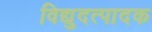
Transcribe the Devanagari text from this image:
विद्युदत्पादक